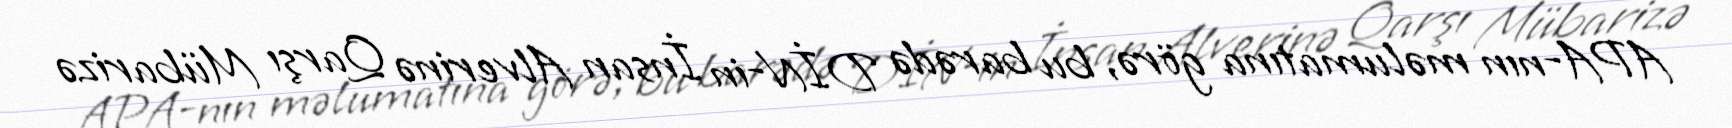
APA-nın məlumatına görə, bu barədə DİN-in İnsan Alverinə Qarşı Mübarizə